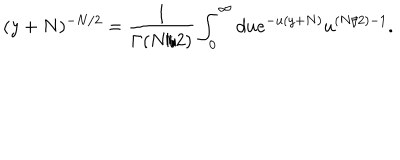
LaTeX: ( y + N ) ^ { - N / 2 } = \frac { 1 } { \Gamma ( N / 2 ) } \int _ { 0 } ^ { \infty } d u e ^ { - u ( y + N ) } u ^ { ( N / 2 ) - 1 } .